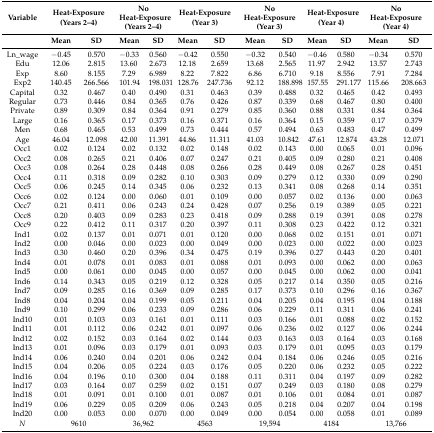
<table><thead><tr><td><b>Variable</b></td><td colspan="2"><b>Heat-Exposure (Years 2–4)</b></td><td colspan="2"><b>No Heat-Exposure (Years 2–4)</b></td><td colspan="2"><b>Heat-Exposure (Year 3)</b></td><td colspan="2"><b>No Heat-Exposure (Year 3)</b></td><td colspan="2"><b>Heat-Exposure (Year 4)</b></td><td colspan="2"><b>No Heat-Exposure (Year 4)</b></td></tr><tr><td></td><td><b>Mean</b></td><td><b>SD</b></td><td><b>Mean</b></td><td><b>SD</b></td><td><b>Mean</b></td><td><b>SD</b></td><td><b>Mean</b></td><td><b>SD</b></td><td><b>Mean</b></td><td><b>SD</b></td><td><b>Mean</b></td><td><b>SD</b></td></tr></thead><tbody><tr><td>Ln_wage</td><td>−0.45</td><td>0.570</td><td>−0.33</td><td>0.560</td><td>−0.42</td><td>0.550</td><td>−0.32</td><td>0.540</td><td>−0.46</td><td>0.580</td><td>−0.34</td><td>0.570</td></tr><tr><td>Edu</td><td>12.06</td><td>2.815</td><td>13.60</td><td>2.673</td><td>12.18</td><td>2.659</td><td>13.68</td><td>2.565</td><td>11.97</td><td>2.942</td><td>13.57</td><td>2.743</td></tr><tr><td>Exp</td><td>8.60</td><td>8.155</td><td>7.29</td><td>6.989</td><td>8.22</td><td>7.822</td><td>6.86</td><td>6.710</td><td>9.18</td><td>8.556</td><td>7.91</td><td>7.284</td></tr><tr><td>Exp2</td><td>140.45</td><td>266.566</td><td>101.94</td><td>198.031</td><td>128.76</td><td>247.736</td><td>92.12</td><td>188.898</td><td>157.55</td><td>291.177</td><td>115.66</td><td>208.663</td></tr><tr><td>Capital</td><td>0.32</td><td>0.467</td><td>0.40</td><td>0.490</td><td>0.31</td><td>0.463</td><td>0.39</td><td>0.488</td><td>0.32</td><td>0.465</td><td>0.42</td><td>0.493</td></tr><tr><td>Regular</td><td>0.73</td><td>0.446</td><td>0.84</td><td>0.365</td><td>0.76</td><td>0.426</td><td>0.87</td><td>0.339</td><td>0.68</td><td>0.467</td><td>0.80</td><td>0.400</td></tr><tr><td>Private</td><td>0.89</td><td>0.309</td><td>0.84</td><td>0.364</td><td>0.91</td><td>0.279</td><td>0.85</td><td>0.360</td><td>0.88</td><td>0.331</td><td>0.84</td><td>0.364</td></tr><tr><td>Large</td><td>0.16</td><td>0.365</td><td>0.17</td><td>0.373</td><td>0.16</td><td>0.371</td><td>0.16</td><td>0.364</td><td>0.15</td><td>0.359</td><td>0.17</td><td>0.379</td></tr><tr><td>Men</td><td>0.68</td><td>0.465</td><td>0.53</td><td>0.499</td><td>0.73</td><td>0.444</td><td>0.57</td><td>0.494</td><td>0.63</td><td>0.483</td><td>0.47</td><td>0.499</td></tr><tr><td>Age</td><td>46.04</td><td>12.098</td><td>42.00</td><td>11.391</td><td>44.86</td><td>11.311</td><td>41.03</td><td>10.842</td><td>47.61</td><td>12.874</td><td>43.28</td><td>12.071</td></tr><tr><td>Occ1</td><td>0.02</td><td>0.124</td><td>0.02</td><td>0.132</td><td>0.02</td><td>0.148</td><td>0.02</td><td>0.143</td><td>0.00</td><td>0.065</td><td>0.01</td><td>0.096</td></tr><tr><td>Occ2</td><td>0.08</td><td>0.265</td><td>0.21</td><td>0.406</td><td>0.07</td><td>0.247</td><td>0.21</td><td>0.405</td><td>0.09</td><td>0.280</td><td>0.21</td><td>0.408</td></tr><tr><td>Occ3</td><td>0.08</td><td>0.264</td><td>0.28</td><td>0.448</td><td>0.08</td><td>0.266</td><td>0.28</td><td>0.449</td><td>0.08</td><td>0.267</td><td>0.28</td><td>0.451</td></tr><tr><td>Occ4</td><td>0.11</td><td>0.318</td><td>0.09</td><td>0.282</td><td>0.10</td><td>0.303</td><td>0.09</td><td>0.279</td><td>0.12</td><td>0.330</td><td>0.09</td><td>0.290</td></tr><tr><td>Occ5</td><td>0.06</td><td>0.245</td><td>0.14</td><td>0.345</td><td>0.06</td><td>0.232</td><td>0.13</td><td>0.341</td><td>0.08</td><td>0.268</td><td>0.14</td><td>0.351</td></tr><tr><td>Occ6</td><td>0.02</td><td>0.124</td><td>0.00</td><td>0.060</td><td>0.01</td><td>0.109</td><td>0.00</td><td>0.057</td><td>0.02</td><td>0.136</td><td>0.00</td><td>0.063</td></tr><tr><td>Occ7</td><td>0.21</td><td>0.411</td><td>0.06</td><td>0.243</td><td>0.24</td><td>0.428</td><td>0.07</td><td>0.256</td><td>0.19</td><td>0.389</td><td>0.05</td><td>0.221</td></tr><tr><td>Occ8</td><td>0.20</td><td>0.403</td><td>0.09</td><td>0.283</td><td>0.23</td><td>0.418</td><td>0.09</td><td>0.288</td><td>0.19</td><td>0.391</td><td>0.08</td><td>0.278</td></tr><tr><td>Occ9</td><td>0.22</td><td>0.412</td><td>0.11</td><td>0.317</td><td>0.20</td><td>0.397</td><td>0.11</td><td>0.308</td><td>0.23</td><td>0.422</td><td>0.12</td><td>0.321</td></tr><tr><td>Ind1</td><td>0.02</td><td>0.137</td><td>0.01</td><td>0.071</td><td>0.01</td><td>0.120</td><td>0.00</td><td>0.068</td><td>0.02</td><td>0.151</td><td>0.01</td><td>0.071</td></tr><tr><td>Ind2</td><td>0.00</td><td>0.046</td><td>0.00</td><td>0.023</td><td>0.00</td><td>0.049</td><td>0.00</td><td>0.023</td><td>0.00</td><td>0.022</td><td>0.00</td><td>0.023</td></tr><tr><td>Ind3</td><td>0.30</td><td>0.460</td><td>0.20</td><td>0.396</td><td>0.34</td><td>0.475</td><td>0.19</td><td>0.396</td><td>0.27</td><td>0.443</td><td>0.20</td><td>0.401</td></tr><tr><td>Ind4</td><td>0.01</td><td>0.078</td><td>0.01</td><td>0.083</td><td>0.01</td><td>0.088</td><td>0.01</td><td>0.093</td><td>0.00</td><td>0.062</td><td>0.00</td><td>0.063</td></tr><tr><td>Ind5</td><td>0.00</td><td>0.061</td><td>0.00</td><td>0.045</td><td>0.00</td><td>0.057</td><td>0.00</td><td>0.045</td><td>0.00</td><td>0.062</td><td>0.00</td><td>0.041</td></tr><tr><td>Ind6</td><td>0.14</td><td>0.343</td><td>0.05</td><td>0.219</td><td>0.12</td><td>0.328</td><td>0.05</td><td>0.217</td><td>0.14</td><td>0.350</td><td>0.05</td><td>0.216</td></tr><tr><td>Ind7</td><td>0.09</td><td>0.285</td><td>0.16</td><td>0.369</td><td>0.09</td><td>0.285</td><td>0.17</td><td>0.373</td><td>0.10</td><td>0.296</td><td>0.16</td><td>0.367</td></tr><tr><td>Ind8</td><td>0.04</td><td>0.204</td><td>0.04</td><td>0.199</td><td>0.05</td><td>0.211</td><td>0.04</td><td>0.205</td><td>0.04</td><td>0.195</td><td>0.04</td><td>0.188</td></tr><tr><td>Ind9</td><td>0.10</td><td>0.299</td><td>0.06</td><td>0.233</td><td>0.09</td><td>0.286</td><td>0.06</td><td>0.229</td><td>0.11</td><td>0.311</td><td>0.06</td><td>0.241</td></tr><tr><td>Ind10</td><td>0.01</td><td>0.103</td><td>0.03</td><td>0.161</td><td>0.01</td><td>0.111</td><td>0.03</td><td>0.166</td><td>0.01</td><td>0.088</td><td>0.02</td><td>0.152</td></tr><tr><td>Ind11</td><td>0.01</td><td>0.112</td><td>0.06</td><td>0.242</td><td>0.01</td><td>0.097</td><td>0.06</td><td>0.236</td><td>0.02</td><td>0.127</td><td>0.06</td><td>0.244</td></tr><tr><td>Ind12</td><td>0.02</td><td>0.152</td><td>0.03</td><td>0.164</td><td>0.02</td><td>0.144</td><td>0.03</td><td>0.163</td><td>0.03</td><td>0.164</td><td>0.03</td><td>0.168</td></tr><tr><td>Ind13</td><td>0.01</td><td>0.096</td><td>0.03</td><td>0.179</td><td>0.01</td><td>0.093</td><td>0.03</td><td>0.179</td><td>0.01</td><td>0.095</td><td>0.03</td><td>0.179</td></tr><tr><td>Ind14</td><td>0.06</td><td>0.240</td><td>0.04</td><td>0.201</td><td>0.06</td><td>0.242</td><td>0.04</td><td>0.184</td><td>0.06</td><td>0.246</td><td>0.05</td><td>0.216</td></tr><tr><td>Ind15</td><td>0.04</td><td>0.206</td><td>0.05</td><td>0.224</td><td>0.03</td><td>0.176</td><td>0.05</td><td>0.220</td><td>0.06</td><td>0.232</td><td>0.05</td><td>0.222</td></tr><tr><td>Ind16</td><td>0.04</td><td>0.196</td><td>0.10</td><td>0.300</td><td>0.04</td><td>0.188</td><td>0.11</td><td>0.311</td><td>0.04</td><td>0.197</td><td>0.09</td><td>0.282</td></tr><tr><td>Ind17</td><td>0.03</td><td>0.164</td><td>0.07</td><td>0.259</td><td>0.02</td><td>0.151</td><td>0.07</td><td>0.249</td><td>0.03</td><td>0.180</td><td>0.08</td><td>0.279</td></tr><tr><td>Ind18</td><td>0.01</td><td>0.091</td><td>0.01</td><td>0.100</td><td>0.01</td><td>0.087</td><td>0.01</td><td>0.106</td><td>0.01</td><td>0.084</td><td>0.01</td><td>0.087</td></tr><tr><td>Ind19</td><td>0.06</td><td>0.229</td><td>0.05</td><td>0.209</td><td>0.06</td><td>0.243</td><td>0.05</td><td>0.218</td><td>0.04</td><td>0.207</td><td>0.04</td><td>0.198</td></tr><tr><td>Ind20</td><td>0.00</td><td>0.053</td><td>0.00</td><td>0.070</td><td>0.00</td><td>0.049</td><td>0.00</td><td>0.054</td><td>0.00</td><td>0.058</td><td>0.01</td><td>0.089</td></tr><tr><td><i>N</i></td><td colspan="2">9610</td><td colspan="2">36,962</td><td colspan="2">4563</td><td colspan="2">19,594</td><td colspan="2">4184</td><td colspan="2">13,766</td></tr></tbody></table>